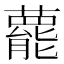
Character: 藣